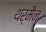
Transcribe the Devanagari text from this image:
थर्मैन